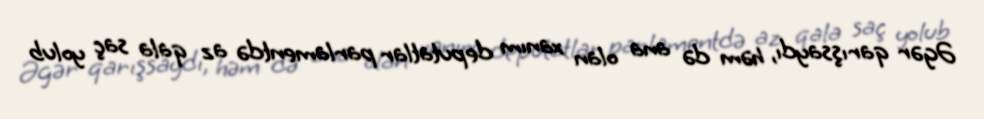
Əgər qarışsaydı, həm də ana olan xanım deputatlar parlamentdə az qala saç yolub